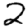
Digit: 2